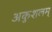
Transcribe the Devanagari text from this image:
अकुशलम्